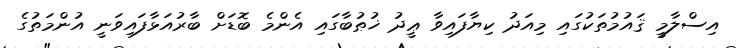
އިސްލާމީ ޤައުމުތަކުގައި މިއަދު ކިޔާފައިވާ ޢީދު ޚުޠުބާގައި އެންމެ ބޮޑަށް ބާރުއަޅާފައިވަނީ އުންމަތުގެ